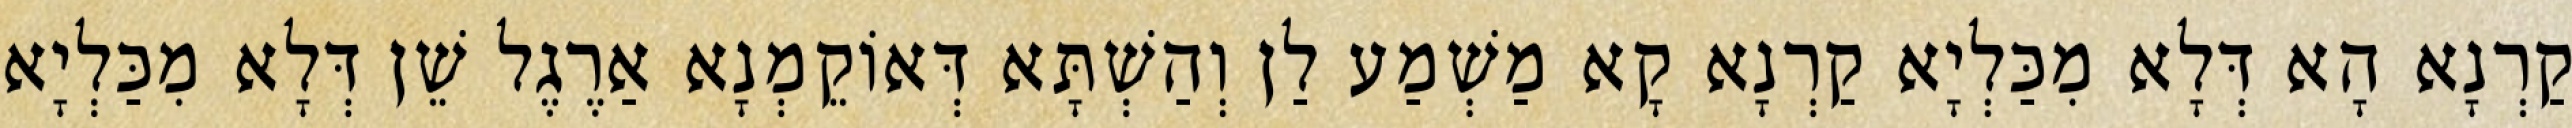
קַרְנָא הָא דְּלָא מִכַּלְיָא קַרְנָא קָא מַשְׁמַע לַן וְהַשְׁתָּא דְּאוֹקֵמְנָא אַרֶגֶל שֵׁן דְּלָא מִכַּלְיָא